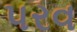
પરવ